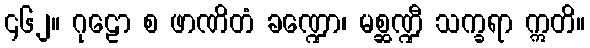
၄၆၂။ ဂုဠော စ ဖာဏိတံ ခဏ္ဍော၊ မစ္ဆဏ္ဍီ သက္ခရာ ဣတိ။